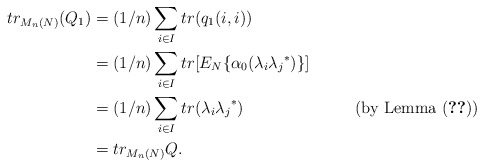
\begin{align*} tr_{M_n(N)}(Q_1) &= (1/n)\sum_{i\in I}tr(q_1(i,i))\\ & = (1/n)\sum_{i\in I}tr[E_N\{\alpha_0(\lambda_i{\lambda_j}^*)\}]\\ & = (1/n)\sum_{i\in I} tr (\lambda_i {\lambda_j}^*) & ~~{\rm (by ~Lemma~ (\ref{kod})})\\ & = tr_{M_n(N)}Q. \end{align*}